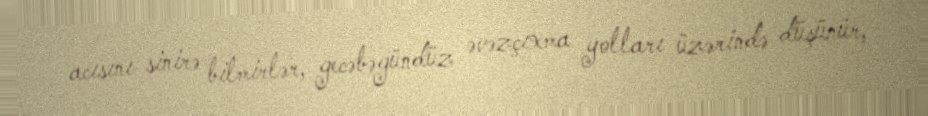
acısını sinirə bilmirlər, gecəbəgündüz əvəzçıxma yolları üzərində düşünür,